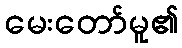
မေးတော်မူ၏